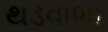
થડવાળા